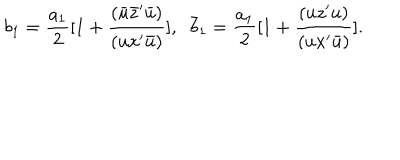
b _ { 1 } = { \frac { a _ { 1 } } { 2 } } [ 1 + { \frac { ( { \bar { u } } { \bar { z } } ^ { \prime } { \bar { u } } ) } { ( u x ^ { \prime } { \bar { u } } ) } } ] , \; \; { \bar { b } _ { 1 } } = { \frac { a _ { 1 } } { 2 } } [ 1 + { \frac { ( u { z } ^ { \prime } u ) } { ( u x ^ { \prime } \bar { u } ) } } ] .